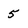
Character: 5